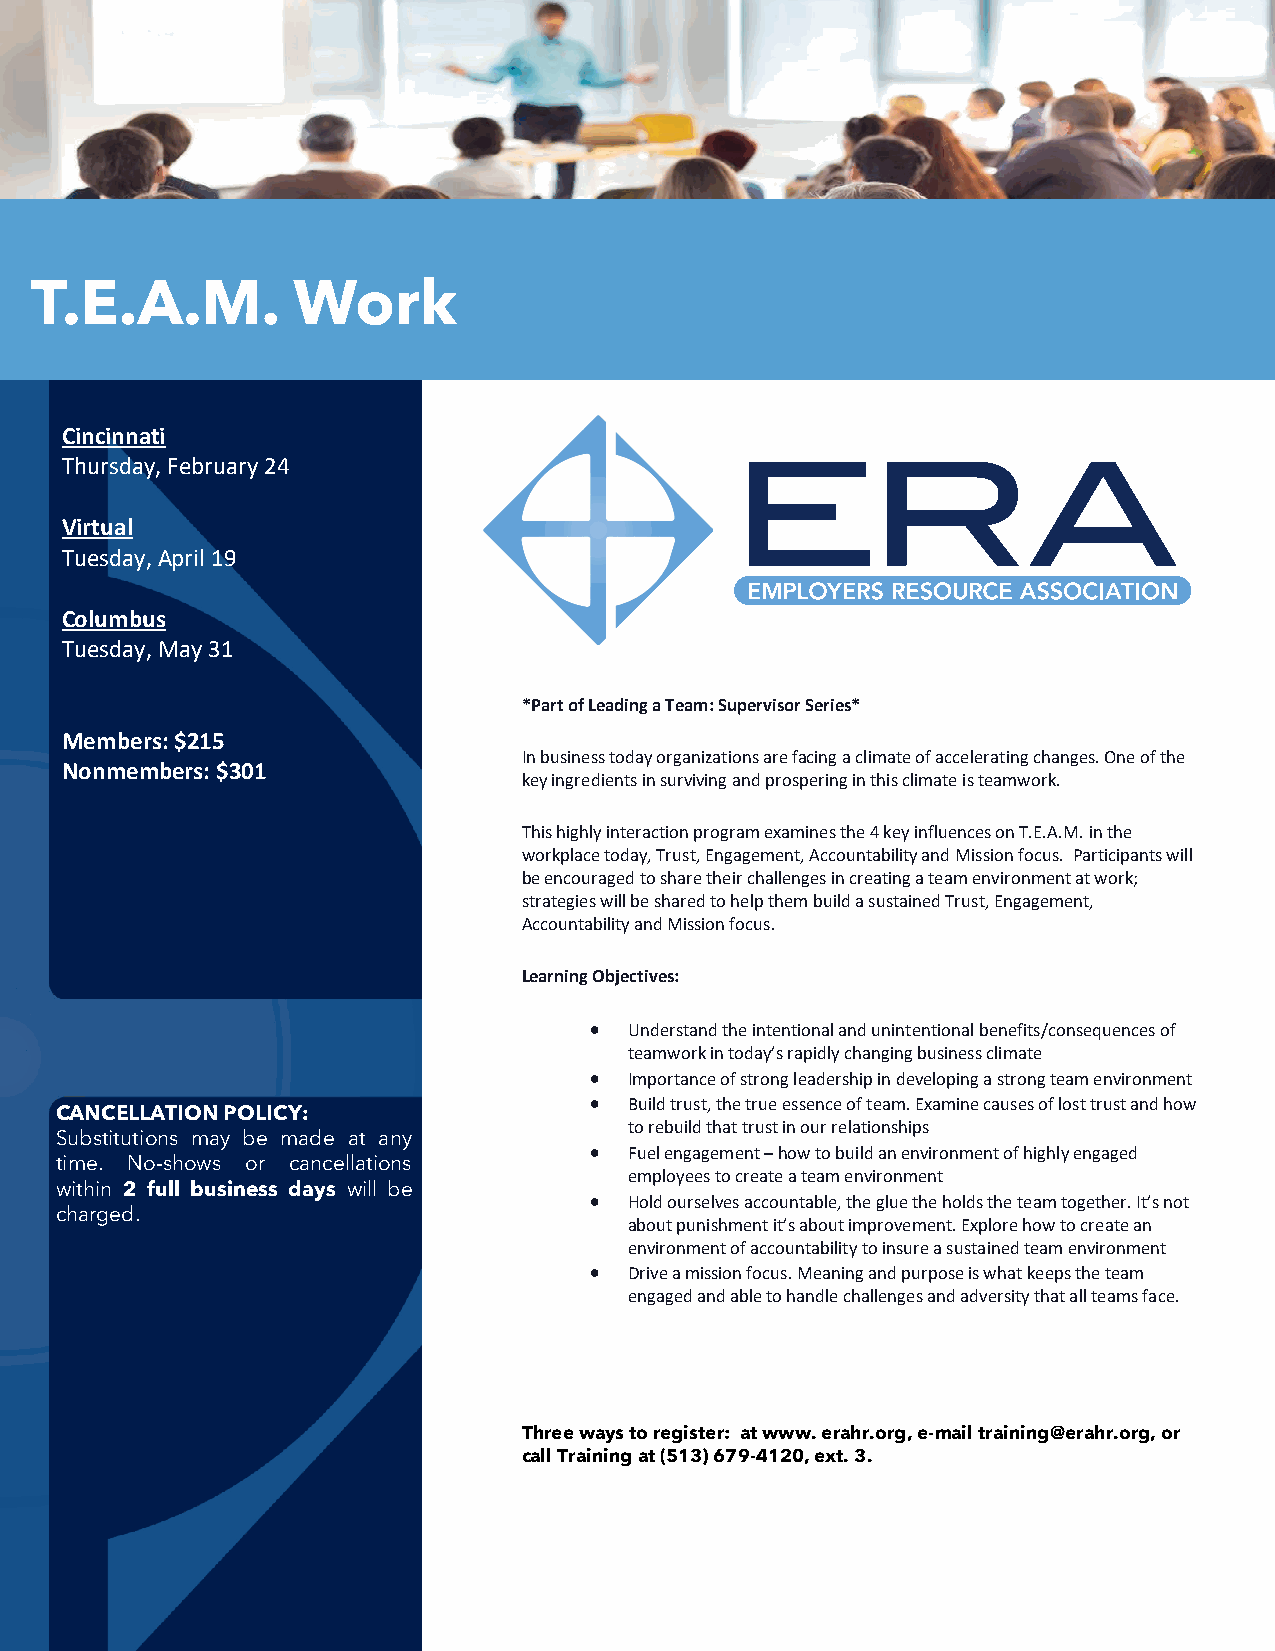
T.E.A.M.         Work
 Cincinnati
 Thursday, February 24
 Virtual
 Tuesday, April 19
 Columbus
 Tuesday, May 31
 *Part of Leading a Team: Supervisor Series*
 Members: $215
 In business today organizations are facing a climate of accelerating changes. One of the
 Nonmembers: $301
 key ingredients in surviving and prospering in this climate is teamwork.
 This highly interaction program examines the 4 key influences on T.E.A.M. in the
 workplace today, Trust, Engagement, Accountability and Mission focus. Participants will
 be encouraged to share their challenges in creating a team environment at work;
 strategies will be shared to help them build a sustained Trust, Engagement,
 Accountability and Mission focus.
 Learning Objectives:
 •  Understand the intentional and unintentional benefits/consequences of
 teamwork in today’s rapidly changing business climate
 •  Importance of strong leadership in developing a strong team environment
 •  Build trust, the true essence of team. Examine causes of lost trust and how
 CANCELLATION POLICY:
 to rebuild that trust in our relationships
 Substitutions may be made at any
 •  Fuel engagement – how to build an environment of highly engaged
 time. No-shows or cancellations
 employees to create a team environment
 within 2 full business days will be
 •  Hold ourselves accountable, the glue the holds the team together. It’s not
 charged.
 about punishment it’s about improvement. Explore how to create an
 environment of accountability to insure a sustained team environment
 •  Drive a mission focus. Meaning and purpose is what keeps the team
 engaged and able to handle challenges and adversity that all teams face.
 Three ways to register: at www. erahr.org, e-mail training@erahr.org, or
 call Training at (513) 679-4120, ext. 3.